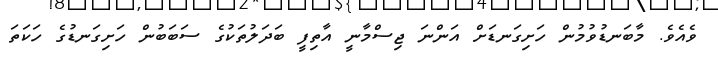
ވެއެވެ. މާބަނޑުވުމުން ހަށިގަނޑަށް އަންނަ ޖިސްމާނީ އާތިފީ ބަދަލުތަކުގެ ސަބަބުން ހަށިގަނޑުގެ ހަކަތަ